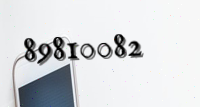
89810082